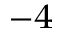
^ { - 4 }